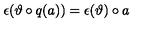
\epsilon ( \vartheta \circ q ( a ) ) = \epsilon ( \vartheta ) \circ a